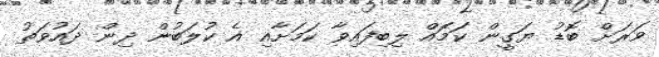
ވަރަށް ބޮޑު ޔަގީން ކަމަެއް ލިބިފައިވާ ކަމަށާއި އެ ކުލަބުން ދިން ދައުވަތު